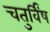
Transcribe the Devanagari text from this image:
चतुर्विंष